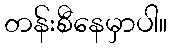
တန်းစီနေမှာပါ။